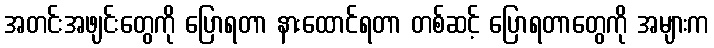
အတင်းအဖျင်းတွေကို ပြောရတာ နားထောင်ရတာ တစ်ဆင့် ပြောရတာတွေကို အများက